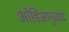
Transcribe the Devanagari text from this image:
ओड़िआनुवाद